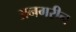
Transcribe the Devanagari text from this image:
अनगरीन